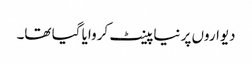
دیواروں پر نیا پینٹ کروایا گیا تھا۔